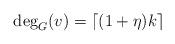
LaTeX: \begin{align*}\deg_G(v)=\lceil(1+\eta)k\rceil\end{align*}